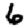
Digit: 6